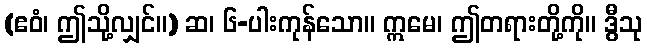
(ဧဝံ၊ ဤသို့လျှင်။) ဆ၊ ၆-ပါးကုန်သော။ ဣမေ၊ ဤတရားတို့ကို။ ဒွီသု